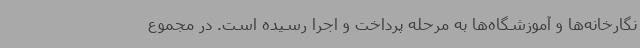
نگارخانه‌ها و آموزشگاه‌ها به مرحله پرداخت و اجرا رسیده است. در مجموع